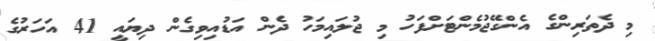
މި ދެތަރިންގެ އެންގޭޖުމެންޓަށްފަހު މި ޖުލައިމަހު ދެން އަޑުއިވިގެން ދިޔައީ 41 އަހަރުގެ